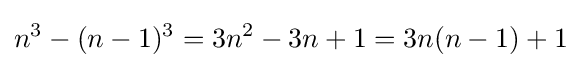
n^{3}-(n-1)^{3}=3n^{2}-3n+1=3n(n-1)+1